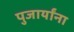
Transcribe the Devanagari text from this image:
पुजार्यांना